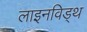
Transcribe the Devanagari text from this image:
लाइनविड्थ